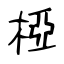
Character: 椏